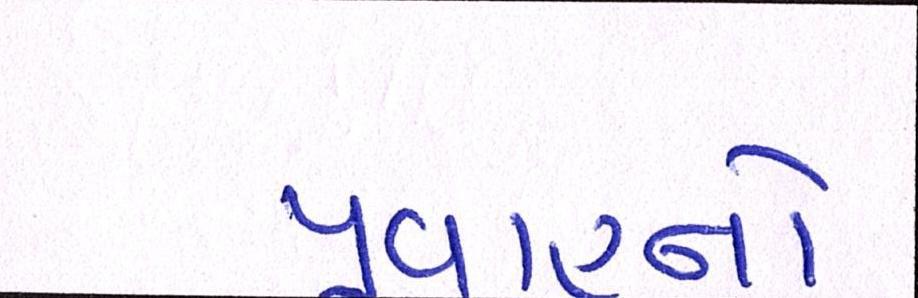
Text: પ્રવાહનો